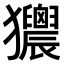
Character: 𤣜